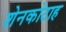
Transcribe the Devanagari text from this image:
शेनकोटाह